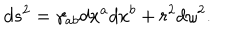
d s ^ { 2 } = \gamma _ { a b } d x ^ { a } d x ^ { b } + r ^ { 2 } d \omega ^ { 2 } .